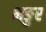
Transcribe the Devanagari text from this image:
भङुर